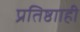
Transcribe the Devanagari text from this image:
प्रतिष्ठााही